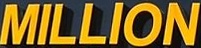
MILLION